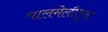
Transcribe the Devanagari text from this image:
घालमेलीतून